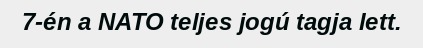
7-én a NATO teljes jogú tagja lett.